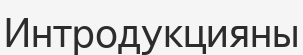
Интродукцияны